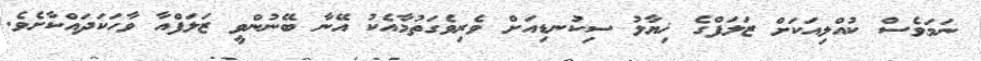
ނަމަވެސް ކުއްލިއަކަށް ޒަލަފްގެ ޚިޔާލު ސިކުނޑިއަށް ވެރިވެގަތުމާއެކު އޭނާ ބޭނުންވީ ޒަލަފްއާ ވާހަކަދައްކާށެވެ.